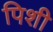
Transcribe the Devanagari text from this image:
पिशी